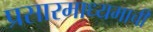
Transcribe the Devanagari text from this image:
प्रसारमाध्यमाची